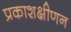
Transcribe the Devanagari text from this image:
प्रकाशक्षीणन